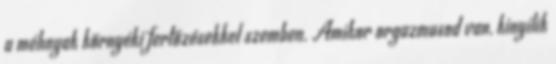
a méhnyak környéki fertőzésekkel szemben. Amikor orgazmusod van, kinyílik